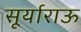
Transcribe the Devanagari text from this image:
सूर्याराऊ